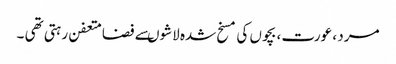
مرد ، عورت ، بچوں کی مسخ شدہ لاشوںسے فضامتعفن رہتی تھی ۔